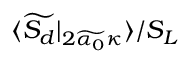
\langle \widetilde { S _ { d } } | _ { 2 \widetilde { \alpha _ { 0 } } \kappa } \rangle / S _ { L }